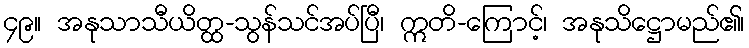
၄၉။ အနုသာသီယိတ္ထ-သွန်သင်အပ်ပြီ၊ ဣတိ-ကြောင့်၊ အနုသိဋ္ဌောမည်၏၊